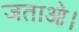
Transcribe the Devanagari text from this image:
जताओ।